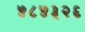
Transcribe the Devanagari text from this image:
५८५३२६